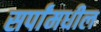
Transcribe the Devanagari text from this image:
सर्पांमधील